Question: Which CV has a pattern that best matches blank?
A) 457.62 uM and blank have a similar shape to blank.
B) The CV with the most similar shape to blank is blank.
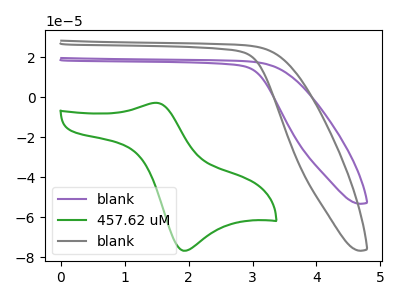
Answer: <think>The purple curve "blank" has no peaks. The green curve "457.62 uM" has an anodic peak at (1.50V, -2.75uA) and a cathodic peak at (1.90V, -76.75uA). The gray curve "blank" has no peaks.
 "blank" and "457.62 uM" have a different number of peaks. Neither "blank" or "blank" have any peaks. "457.62 uM" and "blank" have a different number of peaks.</think>
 <answer>B) The CV with the most similar shape to "blank" is "blank".</answer>
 <eval>B</eval>